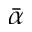
\bar { \alpha }